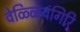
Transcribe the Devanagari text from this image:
वेळ्ळियंगिरि